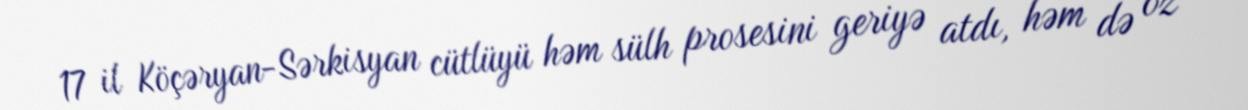
17 il Köçəryan-Sərkisyan cütlüyü həm sülh prosesini geriyə atdı, həm də öz